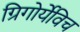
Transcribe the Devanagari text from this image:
ग्रिगोर्येविच